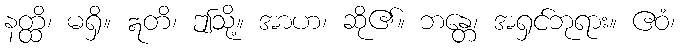
နတ္ထိ၊ မရှိ။ ဣတိ၊ ဤသို့။ အာဟ၊ ဆို၏။ ဘန္တေ၊ အရှင်ဘုရား။ ဧဝံ၊